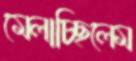
মেলাচ্ছিলেম